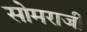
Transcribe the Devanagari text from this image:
सोमराजी